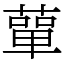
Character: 蕇